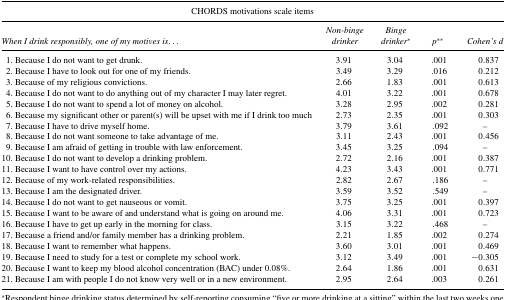
| <COLSPAN=5> CHORDS motivations scale items |
 | When I drink responsibly, one of my motives is... | Non-binge Binge drinker | Binge drinker* | p** | Cohen's d |
 | --- | --- | --- | --- | --- |
 | 1. Because I do not want to get drunk. | 3.91 | 3.04 | .001 | 0.837 |
 | 2. Because I have to look out for one of my friends. | 3.49 | 3.29 | .016 | 0.212 |
 | 3. Because of my religious convictions. | 2.66 | 1.83 | .001 | 0.613 |
 | 4. Because I do not want to do anything out of my character I may later regret. | 4.01 | 3.22 | .001 | 0.678 |
 | 5. Because I do not want to spend a lot of money on alcohol. | 3.28 | 2.95 | .002 | 0.281 |
 | 6. Because my significant other or parent(s) will be upset with me if I drink too much | 2.73 | 2.35 | .001 | 0.303 |
 | 7. Because I have to drive myself home. | 3.79 | 3.61 | .092 | – |
 | 8. Because I do not want someone to take advantage of me. | 3.11 | 2.43 | .001 | 0.456 |
 | 9. Because I am afraid of getting in trouble with law enforcement. | 3.45 | 3.25 | .094 | – |
 | 10. Because I do not want to develop a drinking problem. | 2.72 | 2.16 | .001 | 0.387 |
 | 11. Because I want to have control over my actions. | 4.23 | 3.43 | .001 | 0.771 |
 | 12. Because of my work-related responsibilities. | 2.82 | 2.67 | .186 | – |
 | 13. Because I am the designated driver. | 3.59 | 3.52 | .549 | – |
 | 14. Because I do not want to get nauseous or vomit. | 3.75 | 3.25 | .001 | 0.397 |
 | 15. Because I want to be aware of and understand what is going on around me. | 4.06 | 3.31 | .001 | 0.723 |
 | 16. Because I have to get up early in the morning for class. | 3.15 | 3.22 | .468 | – |
 | 17. Because a friend and/or family member has a drinking problem. | 2.21 | 1.85 | .002 | 0.274 |
 | 18. Because I want to remember what happens. | 3.60 | 3.01 | .001 | 0.469 |
 | 19. Because I need to study for a test or complete my school work. | 3.12 | 3.49 | .001 | –0.305 |
 | 20. Because I want to keep my blood alcohol concentration (BAC) under 0.08%. | 2.64 | 1.86 | .001 | 0.631 |
 | 21. Because I am with people I do not know very well or in a new environment. | 2.95 | 2.64 | .003 | 0.261 |